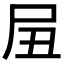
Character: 𱚴